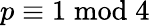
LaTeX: p\equiv 1{\bmod{4}}